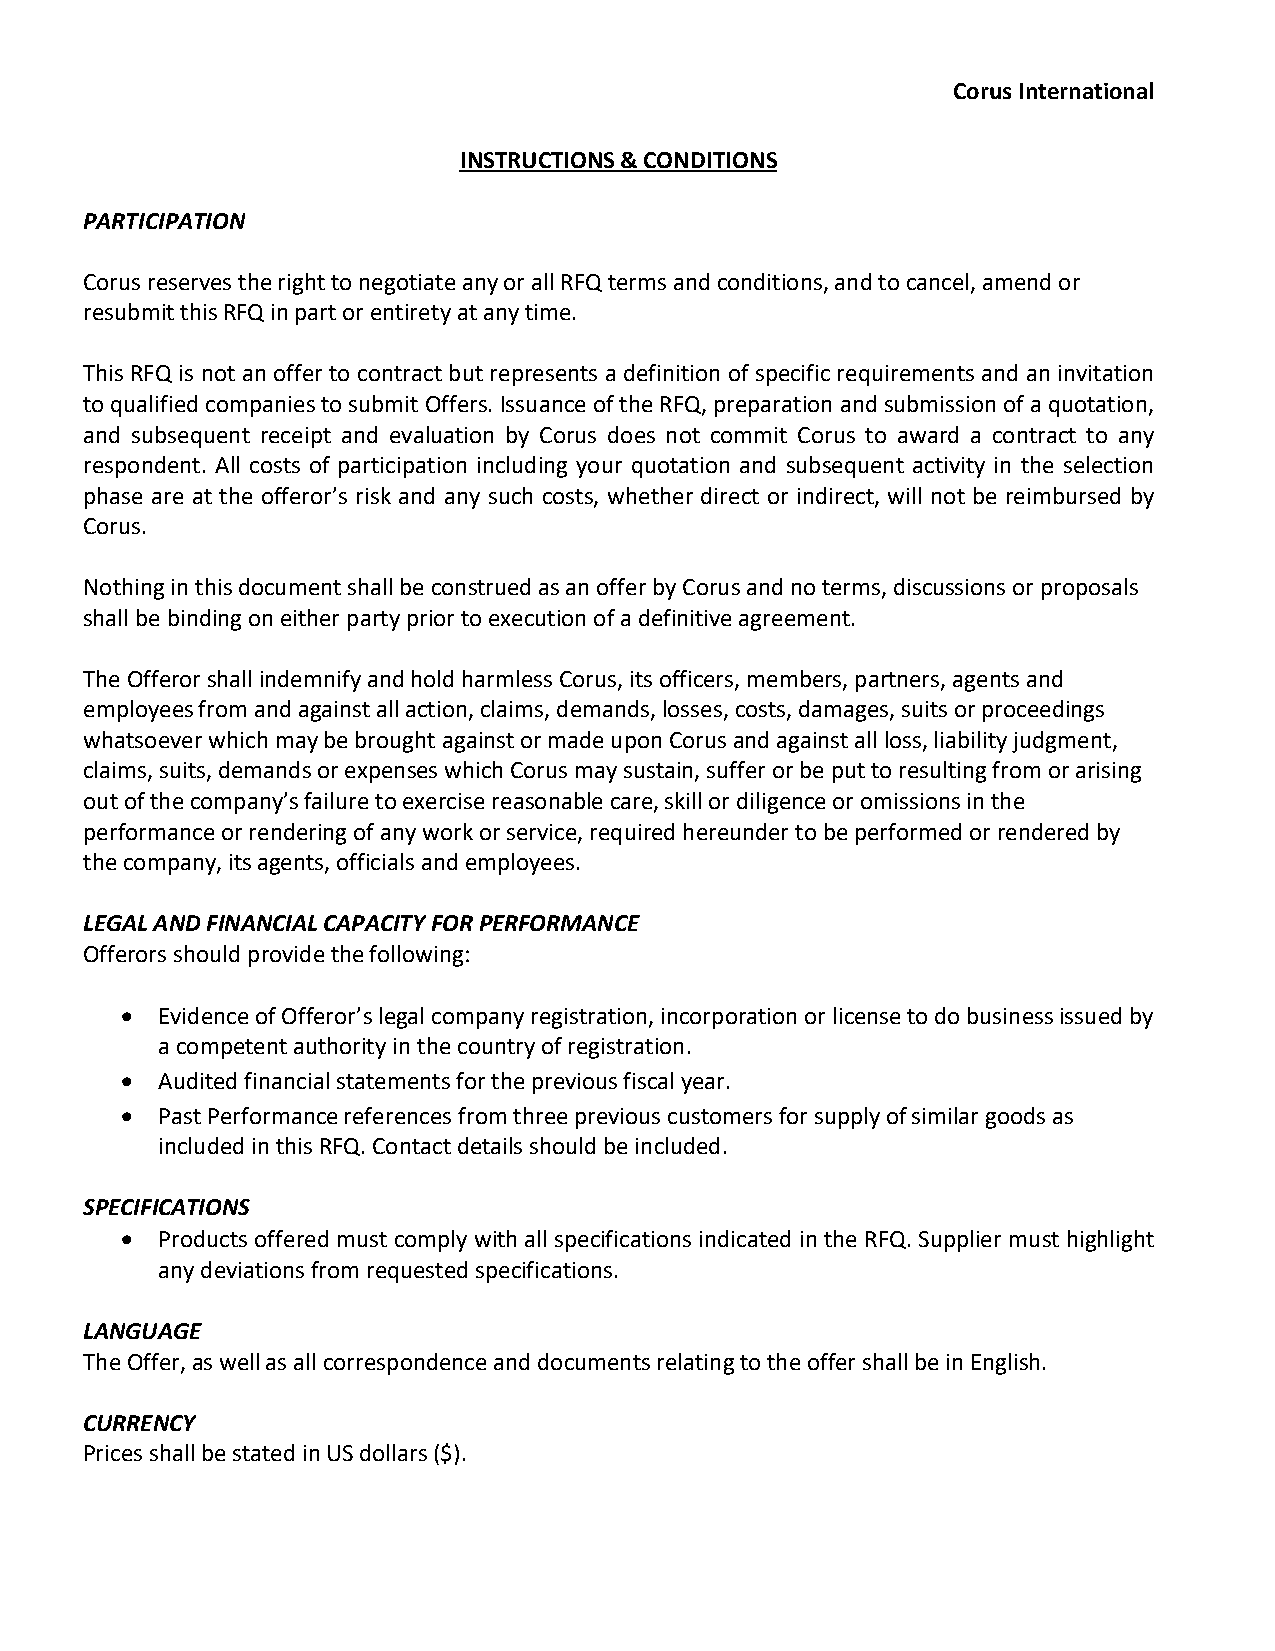
Corus International
 INSTRUCTIONS & CONDITIONS
 PARTICIPATION
 Corus reserves the right to negotiate any or all RFQ terms and conditions, and to cancel, amend or
 resubmit this RFQ in part or entirety at any time.
 This RFQ is not an offer to contract but represents a definition of specific requirements and an invitation
 to qualified companies to submit Offers. Issuance of the RFQ, preparation and submission of a quotation,
 and subsequent receipt and evaluation by Corus does not commit Corus to award a contract to any
 respondent. All costs of participation including your quotation and subsequent activity in the selection
 phase are at the offeror’s risk and any such costs, whether direct or indirect, will not be reimbursed by
 Corus.
 Nothing in this document shall be construed as an offer by Corus and no terms, discussions or proposals
 shall be binding on either party prior to execution of a definitive agreement.
 The Offeror shall indemnify and hold harmless Corus, its officers, members, partners, agents and
 employees from and against all action, claims, demands, losses, costs, damages, suits or proceedings
 whatsoever which may be brought against or made upon Corus and against all loss, liability judgment,
 claims, suits, demands or expenses which Corus may sustain, suffer or be put to resulting from or arising
 out of the company’s failure to exercise reasonable care, skill or diligence or omissions in the
 performance or rendering of any work or service, required hereunder to be performed or rendered by
 the company, its agents, officials and employees.
 LEGAL AND FINANCIAL CAPACITY FOR PERFORMANCE
 Offerors should provide the following:
 • Evidence of Offeror’s legal company registration, incorporation or license to do business issued by
 a competent authority in the country of registration.
 • Audited financial statements for the previous fiscal year.
 • Past Performance references from three previous customers for supply of similar goods as
 included in this RFQ. Contact details should be included.
 SPECIFICATIONS
 • Products offered must comply with all specifications indicated in the RFQ. Supplier must highlight
 any deviations from requested specifications.
 LANGUAGE
 The Offer, as well as all correspondence and documents relating to the offer shall be in English.
 CURRENCY
 Prices shall be stated in US dollars ($).